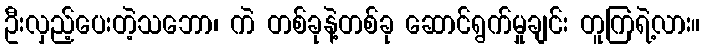
ဦးလှည့်ပေးတဲ့သဘော၊ ကဲ တစ်ခုနဲ့တစ်ခု ဆောင်ရွက်မှုချင်း တူကြရဲ့လား။